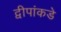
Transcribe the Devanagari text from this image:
द्वीपांकडे